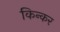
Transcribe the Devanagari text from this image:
किन्कर